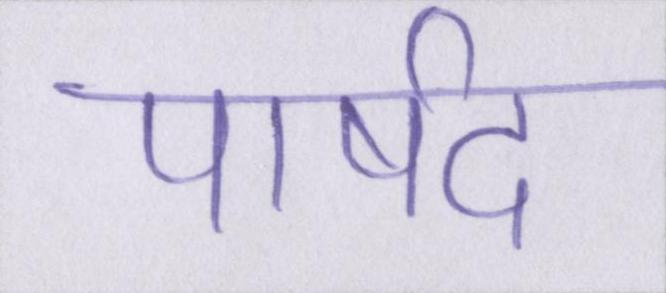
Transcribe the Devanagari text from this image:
पार्षद